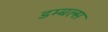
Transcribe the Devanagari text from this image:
डम्बल्स